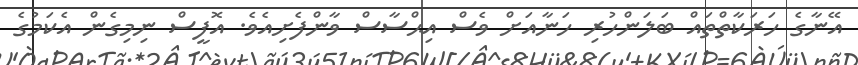
އޭނާގެ ހަރަކާތްތައް ބަލަންހުރި ހަނާއަށް ވެސް އިޙްސާސް ވާންފެށިއެވެ. އޮފީސް ނިމިގެން އެކަމުގެ